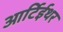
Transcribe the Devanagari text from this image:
आर्टिईथर